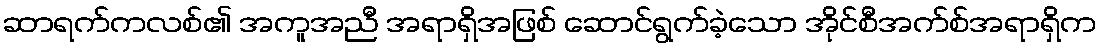
ဆာရက်ကလစ်၏ အကူအညီ အရာရှိအဖြစ် ဆောင်ရွက်ခဲ့သော အိုင်စီအက်စ်အရာရှိက